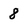
Character: 8